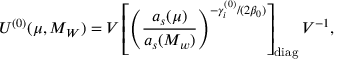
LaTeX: U ^ { ( 0 ) } ( \mu , M _ { W } ) = V \left[ \left( \frac { a _ { s } ( \mu ) } { a _ { s } ( M _ { w } ) } \right) ^ { - \gamma _ { i } ^ { ( 0 ) } / ( 2 \beta _ { 0 } ) } \right] _ { \mathrm { d i a g } } V ^ { - 1 } ,